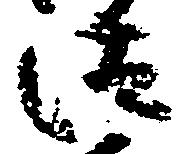
汰